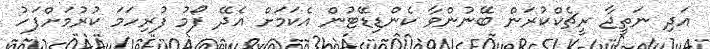
އަދި ނަތީޖާ ރީޗެކްކުރަން ބޭނުންވާ ކެންޑިޑޭޓުން އެކަމަށް އެދޭ ފޯމު ފުރިހަމަ ކުރުމަށްފަހު